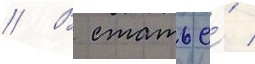
// В статье́ /